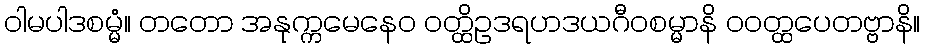
ဝါမပါဒစမ္မံ။ တတော အနုက္ကမေနေဝ ဝတ္ထိဥဒရဟဒယဂီဝစမ္မာနိ ဝဝတ္ထပေတဗ္ဗာနိ။